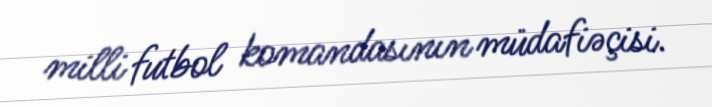
milli futbol komandasının müdafiəçisi.